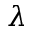
\lambda